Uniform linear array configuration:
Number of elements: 4
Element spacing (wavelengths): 0.75
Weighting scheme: cosine
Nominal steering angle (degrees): -30
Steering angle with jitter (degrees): -28.382
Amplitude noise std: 0.05
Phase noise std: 0.05

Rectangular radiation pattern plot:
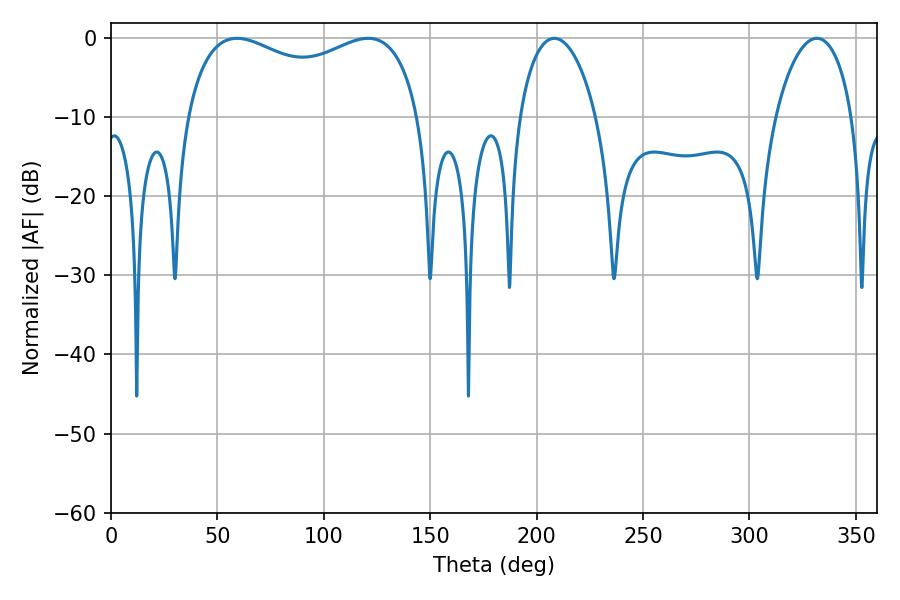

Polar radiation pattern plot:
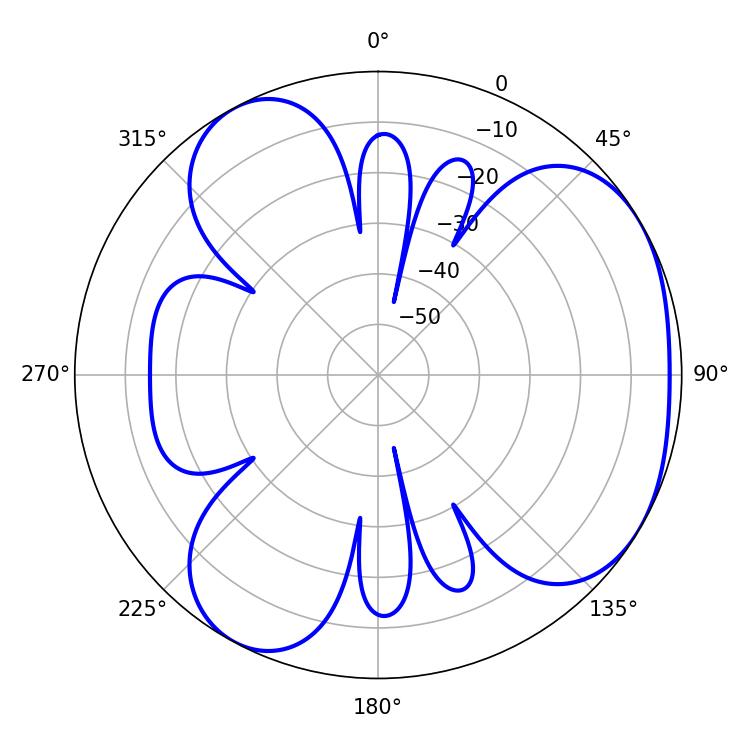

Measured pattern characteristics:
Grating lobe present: TRUE
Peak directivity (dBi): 4.071
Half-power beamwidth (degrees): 90.72
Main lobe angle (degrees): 59.22